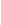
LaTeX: C\! \! \! \! \! \! \! \! \! \! \! \! =C\! \! \! \! \! \! \! \! \! \! \! \! _{\! }\! \! \! \! \! \! \! \! \! \! \! 1\! \! \! \! \! \! \! \! \! \! \! \! \! \! \! \! \! \! \! \! \! \! \! \! \cup\! \! \! \! \! \! \! \! \! \! \! \! C\! \! \! \! \! \! \! \! \! \! \! \! _{\! }\! \! \! \! \! \! \! \! \! \! \! 2\! \! \! \! \! \! \! \! \! \! \! \! .\! \! \! \! \! \! \! \! \! \! \!